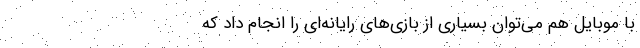
با موبایل هم می‌توان بسیاری از بازی‌های رایانه‌ای را انجام داد که